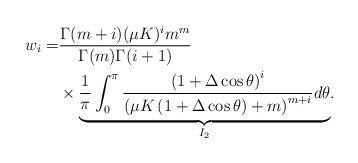
LaTeX: \begin{align*}w_i=&\frac{\Gamma(m+i)(\mu K)^i m^m}{\Gamma(m)\Gamma(i+1)} \\ & \times\underset{I_2}{\underbrace{\frac{1}{\pi}\int_{0}^{\pi}\frac{ \left( 1+\Delta \cos \theta \right)^i}{\left( \mu K\left( 1+\Delta \cos \theta \right)+m \right)^{m+i} }d\theta}}.\end{align*}